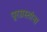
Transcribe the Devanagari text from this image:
पूरग्रस्‍तांना